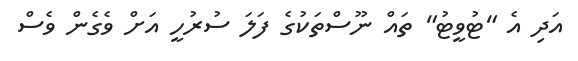
އަދި އެ "ޓުވީޓު" ތައް ނޫސްތަކުގެ ފަލަ ސުރުހީ އަށް ވެގެން ވެސް